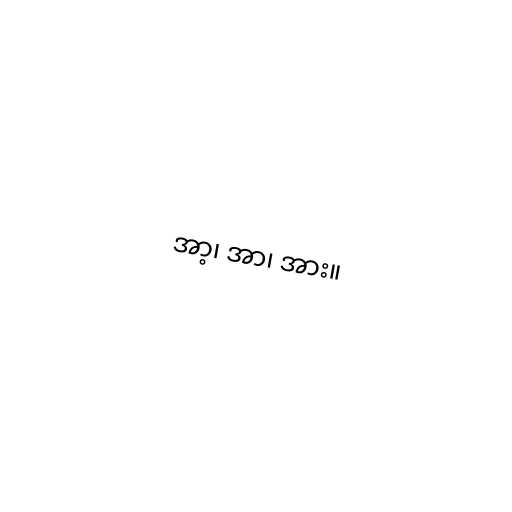
အာ့၊ အာ၊ အား။